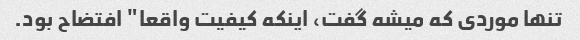
تنها موردی که میشه گفت، اینکه کیفیت واقعا" افتضاح بود.